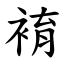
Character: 䘻